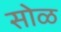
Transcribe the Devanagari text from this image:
सोळ